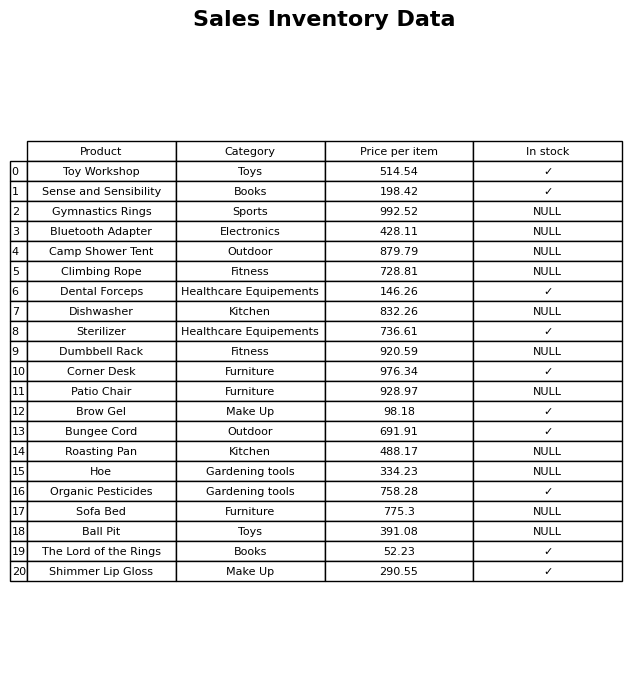
question: What category does the Bluetooth Adapter belong to?
answer: Electronics